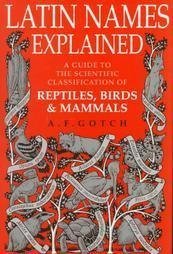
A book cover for Latin Names Explained: A Guide to the Scientific Classification of Reptiles, Birds & Mammals; A. F. Gotch; Science & Math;